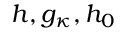
h , g _ { \kappa } , h _ { 0 }